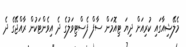
މެލޭޝިއާގައި ކުރިއަށް ދިޔަ ޓިއޮމަން ސާފް ފެސްޓިވަލުގެ ދެ އިވެންޓަކުން ރާއްޖޭގެ ދެ